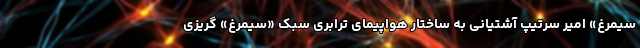
سیمرغ» امیر سرتیپ آشتیانی به ساختار هواپیمای ترابری سبک «سیمرغ» گریزی